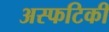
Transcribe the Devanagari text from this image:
अस्फटिकी